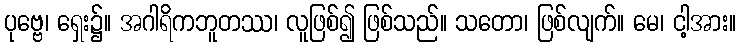
ပုဗ္ဗေ၊ ရှေး၌။ အဂါရိကဘူတဿ၊ လူဖြစ်၍ ဖြစ်သည်။ သတော၊ ဖြစ်လျက်။ မေ၊ ငါ့အား။